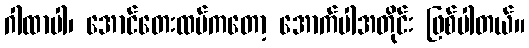
ဂါထာပါ၊ အောင်တေးထပ်ကတော့ အောက်ပါအတိုင်း ဖြစ်ပါတယ်။